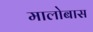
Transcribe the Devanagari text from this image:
मालोबास